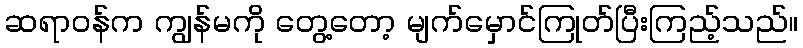
ဆရာဝန်က ကျွန်မကို တွေ့တော့ မျက်မှောင်ကြုတ်ပြီးကြည့်သည်။